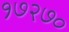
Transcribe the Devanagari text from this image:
१७२७०